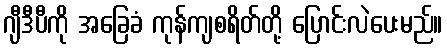
ဂျီဒီပီကို အခြေခံ ကုန်ကျစရိတ်တို့ ပြောင်းလဲပေးမည်။